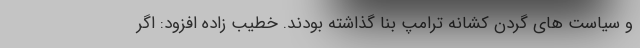
و سیاست های گردن کشانه ترامپ بنا گذاشته بودند. خطیب زاده افزود: اگر